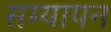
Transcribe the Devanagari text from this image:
सम्यापन